Indian journal of veterinary science and animal husbandry - Volumes 28-29, 1958-1959
Year: 1958
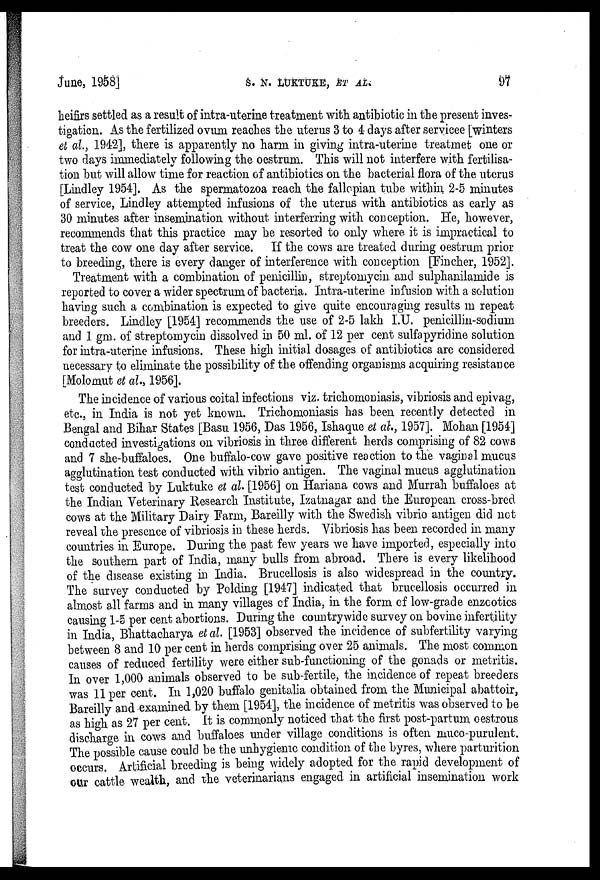
June, 1958]
S.
N.
LUKTUKE,
ET
AL.
97
heifirs settled as a result of intra-uterine treatment with antibiotic in the present inves-
tigation. As the fertilized ovum reaches the uterus 3 to 4 days after servicee [winters
et al., 1942], there is apparently no harm in giving intra-uterine treatmet one or
two days immediately following the oestrum. This will not interfere with fertilisa-
tion but will allow time for reaction of antibiotics on the bacterial flora of the uterus
[Lindley 1954]. As the spermatozoa reach the fallopian tube within 2-5 minutes
of service, Lindley attempted infusions of the uterus with antibiotics as early as
30 minutes after insemination without interferring with conception. He, however,
recommends that this practice may be resorted to only where it is impractical to
treat the cow one day after service. If the cows are treated during oestrum prior
to breeding, there is every danger of interference with conception [Fincher, 1952].
Treatment with a combination of penicillin, streptomycin and sulphanilamide is
reported to cover a wider spectrum of bacteria. Intra-uterine infusion with a solution
having such a combination is expected to give quite encouraging results in repeat
breeders. Lindley [1954] recommends the use of 2-5 lakh I.U. penicillin-sodium
and 1 gm. of streptomycin dissolved in 50 ml. of 12 per cent sulfapyridine solution
for intra-uterine infusions. These high initial dosages of antibiotics are considered
necessary to eliminate the possibility of the offending organisms acquiring resistance
[Molomut et al., 1956].
The incidence of various coital infections viz. trichomoniasis, vibriosis and epivag,
etc., in India is not yet known. Trichomoniasis has been recently detected in
Bengal and Bihar States [Basu 1956, Das 1956, Ishaque et al., 1957]. Mohan [1954]
conducted investigations on vibriosis in three different herds comprising of 82 cows
and 7 she-buffaloes. One buffalo-cow gave positive reaction to the vaginal mucus
agglutination test conducted with vibrio antigen. The vaginal mucus agglutination
test conducted by Luktuke et al. [1956] on Hariana cows and Murrah buffaloes at
the Indian Veterinary Research Institute, Izatnagar and the European cross-bred
cows at the Military Dairy Farm, Bareilly with the Swedish vibrio antigen did not
reveal the presence of vibriosis in these herds. Vibriosis has been recorded in many
countries in Europe. During the past few years we have imported, especially into
the southern part of India, many bulls from abroad. There is every likelihood
of the disease existing in India. Brucellosis is also widespread in the country.
The survey conducted by Polding [1947] indicated that brucellosis occurred in
almost all farms and in many villages of India, in the form of low-grade enzootics
causing 1-5 per cent abortions. During the countrywide survey on bovine infertility
in India, Bhattacharya et al. [1953] observed the incidence of subfertility varying
between 8 and 10 per cent in herds comprising over 25 animals. The most common
causes of reduced fertility were either sub-functioning of the gonads or metritis.
In over 1,000 animals observed to be sub-fertile, the incidence of repeat breeders
was 11 per cent. In 1,020 buffalo genitalia obtained from the Municipal abattoir,
Bareilly and examined by them [1954], the incidence of metritis was observed to be
as high as 27 per cent. It is commonly noticed that the first post-partum oestrous
discharge in cows and buffaloes under village conditions is often muco-purulent.
The possible cause could be the unhygienic condition of the byres, where parturition
occurs. Artificial breeding is being widely adopted for the rapid development of
our cattle wealth, and the veterinarians engaged in artificial insemination work